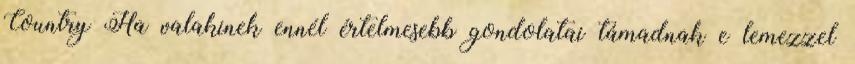
Country Ha valakinek ennél értelmesebb gondolatai támadnak e lemezzel